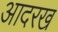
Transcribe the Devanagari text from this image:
आदरख